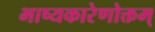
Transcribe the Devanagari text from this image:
भाष्यकारेणोक्तम्